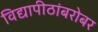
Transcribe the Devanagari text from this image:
विद्यापीठांबरोबर